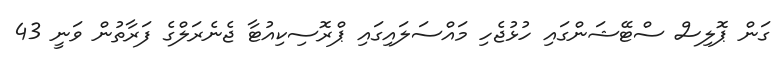
ގަން ޕޮލިސް ސްޓޭޝަންގައި ހުޅުޖެހި މައްސަލައިގައި ޕްރޮސިކިއުޓާ ޖެނެރަލްގެ ފަރާތުން ވަނީ 43